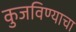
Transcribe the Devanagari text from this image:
कुजविण्याचा